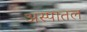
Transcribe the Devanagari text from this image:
अस्पातल